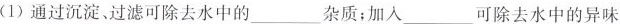
(1)通过沉淀，过滤可除去水中的___杂质；加入___可除去水中的异味。